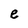
Character: e